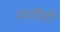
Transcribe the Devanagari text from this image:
मणीही